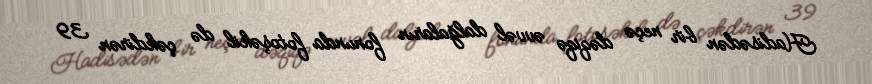
Hadisədən bir neçə dəqiqə əvvəl dalğaların fonunda fotoşəkil də çəkdirən 39